Report on the bubonic plague in Bombay, 1896-1897
Year: 1896
Disease focus: Plague
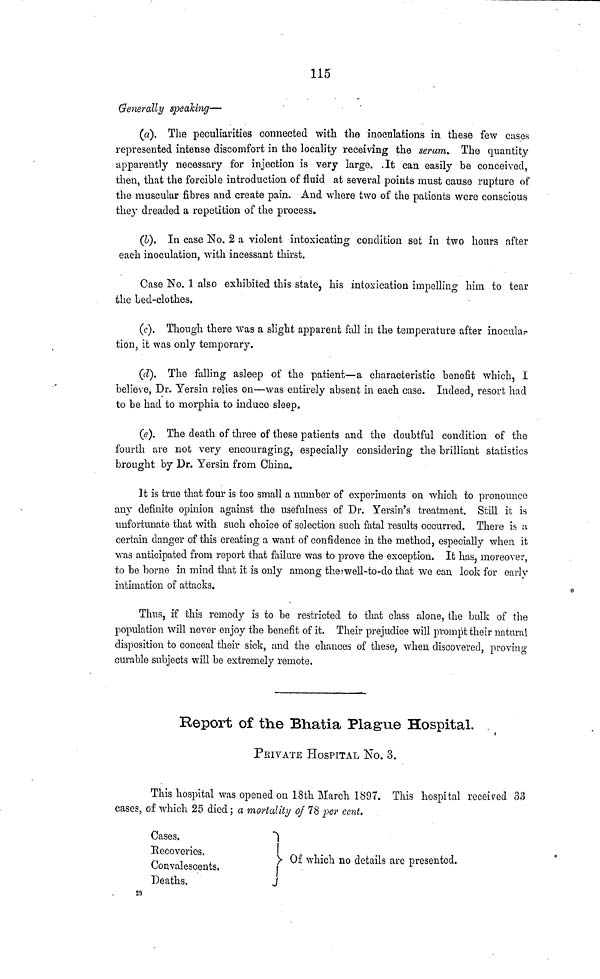
115
Generally speaking—
(α). The peculiarities connected with the inoculations in these few cases
represented intense discomfort in the locality receiving the serum. The quantity
apparently necessary for injection is very large. It can easily be conceived,
then, that the forcible introduction of fluid at several points must cause rupture of
the muscular fibres and create pain. And where two of the patients were conscious
they dreaded a repetition of the process.
(b). In case No. 2 a violent intoxicating condition set in two hours after
each inoculation, with incessant thirst.
Case No. 1 also exhibited this state, his intoxication impelling him to tear
the led-clothes.
(c). Though there was a slight apparent fall in the temperature after inocula
tion, it was only temporary.
(d). The falling asleep of the patient—a characteristic benefit which, I
believe, Dr. Yersin relies on—was entirely absent in each case. Indeed, resort had
to be had to morphia to induce sleep.
(e). The death of three of these patients and the doubtful condition of the
fourth are not very encouraging, especially considering the brilliant statistics
brought by Dr. Yersin from China.
It is true that four is too small a number of experiments on which to pronounce
any definite opinion against the usefulness of Dr. Yersin's treatment. Still it is
unfortunate that with such choice of selection such fatal results occurred. There is a
certain danger of this creating a want of confidence in the method, especially when it
was anticipated from report that failure was to prove the exception. It has, moreover,
to be borne in mind that it is only among the well-to-do that we can look for early
intimation of attacks.
Thus, if this remedy is to be restricted to that class alone, the bulk of the
population will never enjoy the benefit of it. Their prejudice will prompt their natural
disposition to conceal their sick, and the chances of these, when discovered, proving
curable subjects will be extremely remote.
Report of the Bhatia Plague Hospital.
PRIVATE HOSPITAL No. 3.
This hospital was opened on 18th March 1897. This hospital received 33
cases, of which 25 died ; a mortality of 78 per cent.
Cases.
Recoveries.
Convalescents.
Deaths.
29
Of which no details are presented.